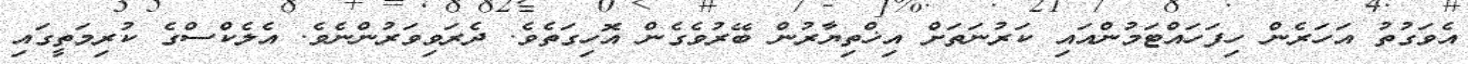
އެވަގުތު އަހަރެން ހިފަހައްޓަމުންއައި ކަރުނަތަށް އިޚްތިޔާރުން ބޭރުވެގެން އޮހިގަތެވެ. ދެރަވިވަރުންނެވެ. އެލެކްސްގެ ކުރިމަތީގައި